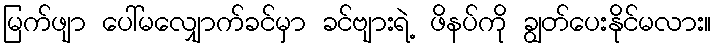
မြက်ဖျာ ပေါ်မလျှောက်ခင်မှာ ခင်ဗျားရဲ့ ဖိနပ်ကို ချွတ်ပေးနိုင်မလား။